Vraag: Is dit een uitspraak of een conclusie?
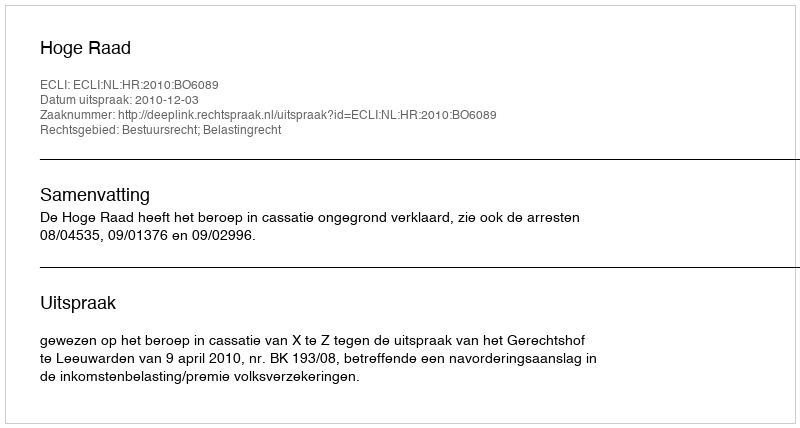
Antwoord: Uitspraak